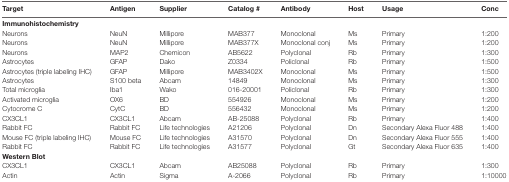
<table><thead><tr><td><b>Target</b></td><td><b>Antigen</b></td><td><b>Supplier</b></td><td><b>Catalog #</b></td><td><b>Antibody</b></td><td><b>Host</b></td><td><b>Usage</b></td><td><b>Conc</b></td></tr></thead><tbody><tr><td><b>Immunohistochemistry</b></td><td></td><td></td><td></td><td></td><td></td></tr><tr><td>Neurons</td><td>NeuN</td><td>Millipore</td><td>MAB377</td><td>Monoclonal</td><td>Ms</td><td>Primary</td><td>1:200</td></tr><tr><td>Neurons</td><td>NeuN</td><td>Millipore</td><td>MAB377X</td><td>Monoclonal conj</td><td>Ms</td><td>Primary</td><td>1:200</td></tr><tr><td>Neurons</td><td>MAP2</td><td>Chemicon</td><td>AB5622</td><td>Polyclonal</td><td>Rb</td><td>Primary</td><td>1:300</td></tr><tr><td>Astrocytes</td><td>GFAP</td><td>Dako</td><td>Z0334</td><td>Policlonal</td><td>Rb</td><td>Primary</td><td>1:500</td></tr><tr><td>Astrocytes (triple labeling IHC)</td><td>GFAP</td><td>Millipore</td><td>MAB3402X</td><td>Monoclonal</td><td>Ms</td><td>Primary</td><td>1:500</td></tr><tr><td>Astrocytes</td><td>S100 beta</td><td>Abcam</td><td>14849</td><td>Monoclonal</td><td>Ms</td><td>Primary</td><td>1:300</td></tr><tr><td>Total microglia</td><td>Iba1</td><td>Wako</td><td>016-20001</td><td>Policlonal</td><td>Rb</td><td>Primary</td><td>1:300</td></tr><tr><td>Activated microglia</td><td>OX6</td><td>BD</td><td>554926</td><td>Monoclonal</td><td>Ms</td><td>Primary</td><td>1:200</td></tr><tr><td>Cytocrome C</td><td>CytC</td><td>BD</td><td>556432</td><td>Monoclonal</td><td>Ms</td><td>Primary</td><td>1:200</td></tr><tr><td>CX3CL1</td><td>CX3CL1</td><td>Abcam</td><td>AB-25088</td><td>Polyclonal</td><td>Rb</td><td>Primary</td><td>1:400</td></tr><tr><td>Rabbit FC</td><td>Rabbit FC</td><td>Life technologies</td><td>A21206</td><td>Polyclonal</td><td>Dn</td><td>Secondary Alexa Fluor 488</td><td>1:400</td></tr><tr><td>Mouse FC (triple labeling IHC)</td><td>Mouse FC</td><td>Life technologies</td><td>A31570</td><td>Polyclonal</td><td>Dn</td><td>Secondary Alexa Fluor 555</td><td>1:400</td></tr><tr><td>Rabbit FC</td><td>Rabbit FC</td><td>Life technologies</td><td>A31577</td><td>Polyclonal</td><td>Gt</td><td>Secondary Alexa Fluor 635</td><td>1:400</td></tr><tr><td><b>Western Blot</b></td><td></td><td></td><td></td><td></td><td></td></tr><tr><td>CX3CL1</td><td>CX3CL1</td><td>Abcam</td><td>AB25088</td><td>Polyclonal</td><td>Rb</td><td>Primary</td><td>1:300</td></tr><tr><td>Actin</td><td>Actin</td><td>Sigma</td><td>A-2066</td><td>Polyclonal</td><td>Rb</td><td>Primary</td><td>1:10000</td></tr></tbody></table>